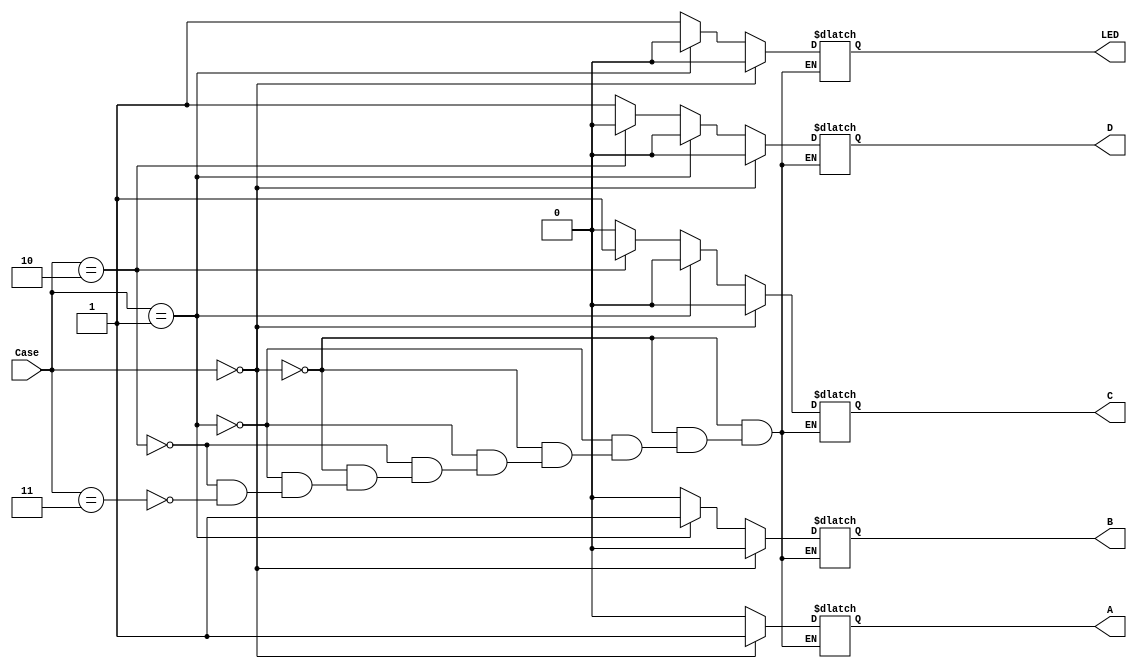
module LEDlighter(Case,A,B,C,D,LED);

input [1:0] Case;
output reg A,B,C,D,LED;

always @(Case)
begin
if(Case==2'b00)
begin
A = 1;
B = 0;
C = 0;
D = 0;
LED = 0;
end
else if(Case==2'b01)
begin
A = 0;
B = 1;
C = 0;
D = 0;
LED = 0;
end
else if(Case==2'b10)
begin
A = 0;
B = 0;
C = 1;
D = 0;
LED = 1;
end
else if(Case==2'b11) 
begin
A = 0;
B = 0;
C = 0;
D = 1;
LED = 1;
end
end

endmodule